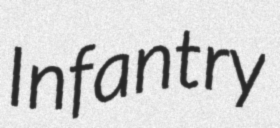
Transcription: Infantry